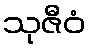
သုဇီဝံ